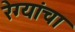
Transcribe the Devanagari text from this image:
रेग्यांचा